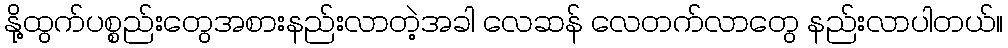
နို့ထွက်ပစ္စည်းတွေအစားနည်းလာတဲ့အခါ လေဆန် လေတက်လာတွေ နည်းလာပါတယ်။